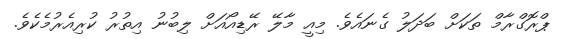
ޕްރޮގްރާމް ތަކަށް ބަދަލު ގެނައެވެ. މިއީ މާލޭ ރޭޑިއޯއަށް ލިބުނު އިތުރު ކުރިއެރުމެކެވެ.